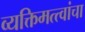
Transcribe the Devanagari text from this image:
व्यक्तिमत्त्वांचा